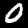
Label: 0